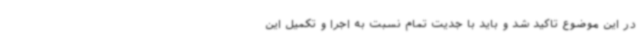
در این موضوع تاکید شد و باید با جدیت تمام نسبت به اجرا و تکمیل این